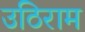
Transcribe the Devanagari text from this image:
उठिराम